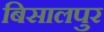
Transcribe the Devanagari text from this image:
बिसालपुर